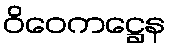
ဝိဝေကဋ္ဌေန